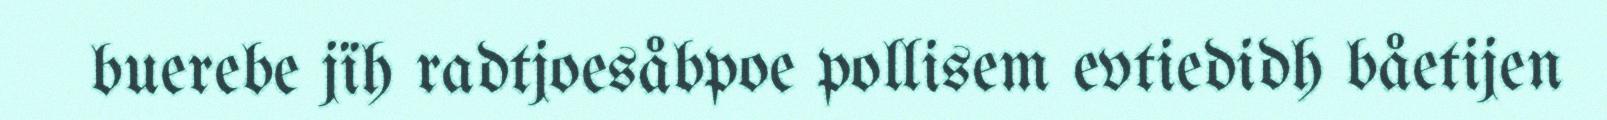
buerebe jïh radtjoesåbpoe pollisem evtiedidh båetijen